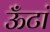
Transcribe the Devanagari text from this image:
ऊँटां